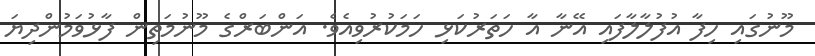
މޫނުގައި ހިފާ އުފުލާލާފައި އޭނާ އާ ހަތަރުކަޅި ހަމަކުރުވިއެވެ. އަންބަރްގެ މޫނުމަތިން ފާޅުވަމުންދިޔަ